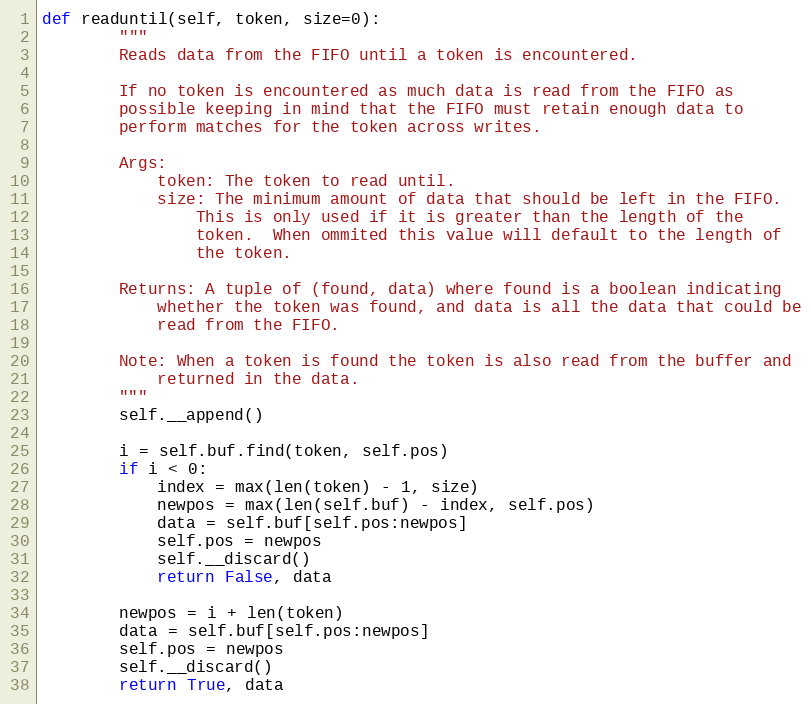
Language: Python
def readuntil(self, token, size=0):
        """
        Reads data from the FIFO until a token is encountered.

        If no token is encountered as much data is read from the FIFO as
        possible keeping in mind that the FIFO must retain enough data to
        perform matches for the token across writes.

        Args:
            token: The token to read until.
            size: The minimum amount of data that should be left in the FIFO.
                This is only used if it is greater than the length of the
                token.  When ommited this value will default to the length of
                the token.

        Returns: A tuple of (found, data) where found is a boolean indicating
            whether the token was found, and data is all the data that could be
            read from the FIFO.

        Note: When a token is found the token is also read from the buffer and
            returned in the data.
        """
        self.__append()

        i = self.buf.find(token, self.pos)
        if i < 0:
            index = max(len(token) - 1, size)
            newpos = max(len(self.buf) - index, self.pos)
            data = self.buf[self.pos:newpos]
            self.pos = newpos
            self.__discard()
            return False, data

        newpos = i + len(token)
        data = self.buf[self.pos:newpos]
        self.pos = newpos
        self.__discard()
        return True, data